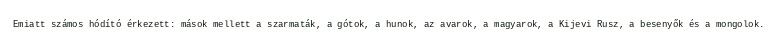
Emiatt számos hódító érkezett: mások mellett a szarmaták, a gótok, a hunok, az avarok, a magyarok, a Kijevi Rusz, a besenyők és a mongolok.